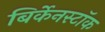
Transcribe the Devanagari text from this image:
बिर्केनस्टॉक